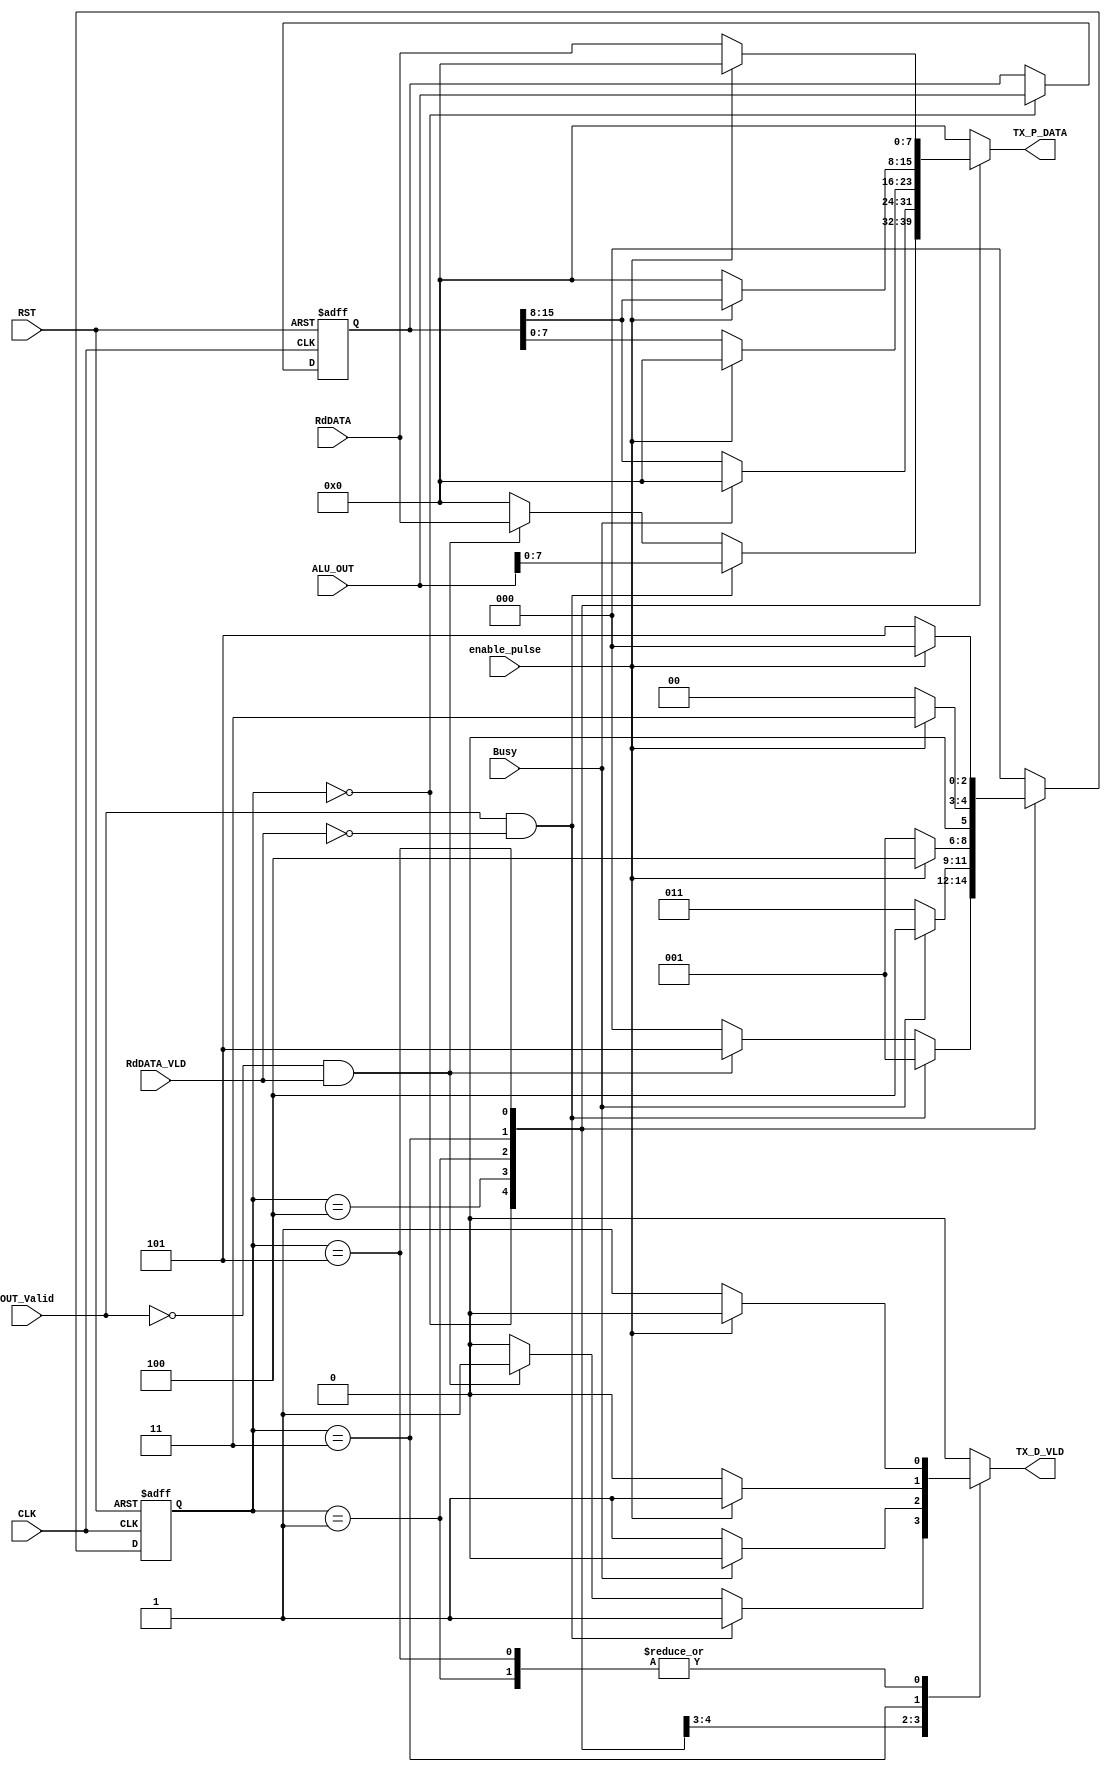
module SYS_CTRL_Tx # ( parameter DATA_WIDTH = 8 , ALU_WIDTH = 2*DATA_WIDTH)
(
 input	wire												CLK,
 input	wire												RST,
 input	wire		[DATA_WIDTH-1:0]		RdDATA,
 input	wire												RdDATA_VLD,
 input	wire												OUT_Valid,
 input	wire    [ALU_WIDTH-1:0]     ALU_OUT, 
 input	wire                   			Busy,
 input  wire												enable_pulse,
 output  reg    [DATA_WIDTH-1:0]    TX_P_DATA,
 output  reg                   			TX_D_VLD
);

// gray state encoding
localparam  [2:0]      IDLE_OUT1     		= 3'b000 ,
											 data_sync_alu1   = 3'b001 ,
											 data_sync_alu2		= 3'b011 ,
          			   		 OUT2     				= 3'b100 ,
          			   		 data_sync_mem		= 3'b101 ;


reg   [2:0]      				current_state , next_state ;


reg 	[ALU_WIDTH-1:0]		saved_ALU_OUT ;			


//state transiton 
always @ (posedge CLK or negedge RST) begin
  if(!RST) begin
    current_state <= IDLE_OUT1 ;
   end

  else begin
    current_state <= next_state ;
   end
 end


// next state logic and output logic
always @ (*) begin
TX_D_VLD = 1'b0 ;
TX_P_DATA = 8'b0000_0000 ;

  case(current_state)
	  IDLE_OUT1: begin
 						if (OUT_Valid && RdDATA_VLD == 1'b0) begin
 							TX_P_DATA = ALU_OUT[7:0] ;
		  				TX_D_VLD = 1'b1 ;
 							next_state = data_sync_alu1 ;
 						end

 						else if(OUT_Valid == 1'b0 && RdDATA_VLD) begin
 							TX_P_DATA = RdDATA ;
		  				TX_D_VLD = 1'b1 ;
 							next_state = data_sync_mem ;
 						end

 						else begin
 							next_state = IDLE_OUT1 ;
 						end
	        end

	  OUT2: begin
		  			if (Busy == 1'b0) begin
		  				TX_P_DATA = saved_ALU_OUT[15:8] ; //change ALU_OUT to saved_alu_out
		  				TX_D_VLD = 1'b1 ;
		  				next_state = data_sync_alu2 ;
		  			end

		  			else begin
		  				next_state = OUT2 ;
		  			end
	        end

data_sync_alu1: begin
	  					if (~enable_pulse) begin
	  							TX_P_DATA = saved_ALU_OUT[7:0] ;
		  						TX_D_VLD = 1'b1 ;
 									next_state = data_sync_alu1 ; 
	  						end

	  						else begin
	  						next_state = OUT2 ; 	
	  						end
	        end

data_sync_alu2: begin
	  					if (enable_pulse) begin
	  							TX_P_DATA = saved_ALU_OUT[15:8] ;
		  						TX_D_VLD = 1'b1 ;
 									next_state = data_sync_alu2 ; 
	  						end

	  						else begin
	  						next_state = IDLE_OUT1 ; 	
	  						end
	        end

data_sync_mem:begin
	  						if (~enable_pulse) begin
	  							TX_P_DATA = RdDATA ;
		  						TX_D_VLD = 1'b1 ;
 									next_state = data_sync_mem ; 
	  						end

	  						else begin
	  						next_state = IDLE_OUT1 ; 	
	  						end
	  					end

	  default: begin
				 				next_state = IDLE_OUT1 ; 
	           end
	endcase  
 end


//save ALU_OUT
always @(posedge CLK or negedge RST) begin 
	if (~RST) begin
		saved_ALU_OUT <= 'b0 ;
	end
	else if(current_state == IDLE_OUT1) begin 
		saved_ALU_OUT <= ALU_OUT ;
	end
end



endmodule